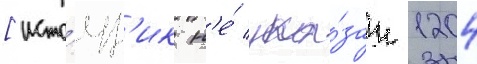
[исто́чн'ик н'е́ ука́зан 1204